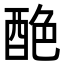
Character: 𨠶